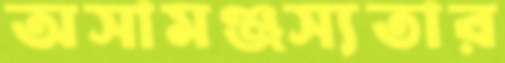
অসামঞ্জস্যতার